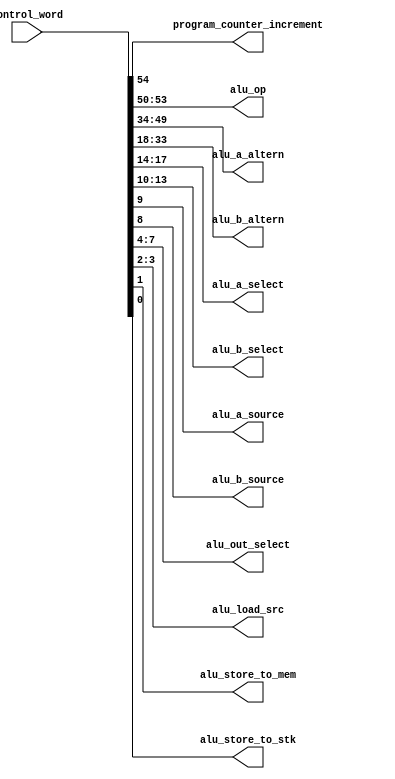
module alu_control_word_decoder(
  input[54:0] control_word,
  output program_counter_increment,
  output[3:0] alu_op,
  output[15:0] alu_a_altern,
  output[15:0] alu_b_altern,
  output[3:0] alu_a_select,
  output[3:0] alu_b_select,
  output alu_a_source,
  output alu_b_source,
  output[3:0] alu_out_select,
  output[1:0] alu_load_src,
  output alu_store_to_mem,
  output alu_store_to_stk);

  assign {program_counter_increment,
    alu_op,
    alu_a_altern,
    alu_b_altern,
    alu_a_select,
    alu_b_select,
    alu_a_source,
    alu_b_source,
    alu_out_select,
    alu_load_src,
    alu_store_to_mem,
    alu_store_to_stk
  } = control_word;

endmodule